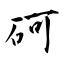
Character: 砢